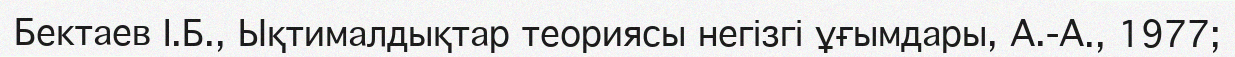
Бектаев І.Б., Ықтималдықтар теориясы негізгі ұғымдары, А.-А., 1977;